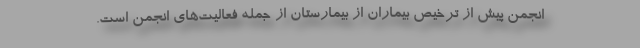
انجمن پیش از ترخیص بیماران از بیمارستان از جمله فعالیت‌های انجمن است.